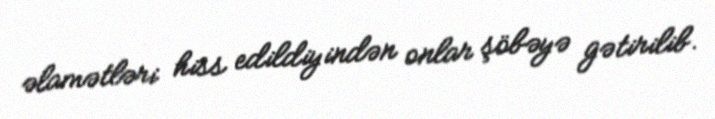
əlamətləri hiss edildiyindən onlar şöbəyə gətirilib.